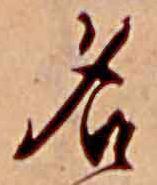
名